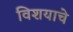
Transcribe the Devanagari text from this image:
विशयाचे